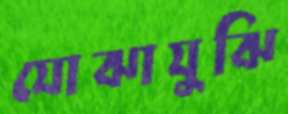
যোঝাযুঝি